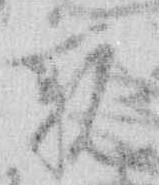
親